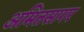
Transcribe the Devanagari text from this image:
अमितसागर